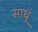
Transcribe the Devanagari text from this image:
साधूं